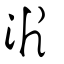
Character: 沜